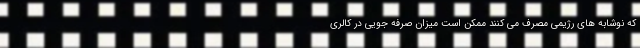
که نوشابه های رژیمی مصرف می کنند ممکن است میزان صرفه جویی در کالری